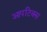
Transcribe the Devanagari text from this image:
आपटिक्स